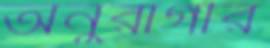
অনুরাগীর